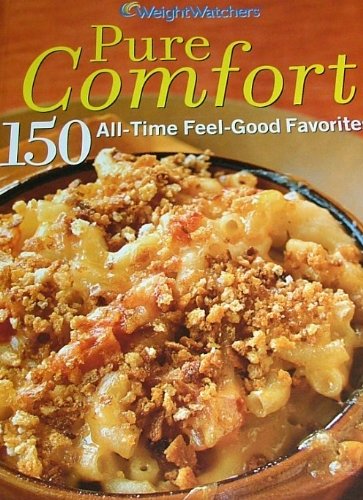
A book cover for Weight Watchers Pure Comfort 150 All Time Feel Good Favorites (150 All-Time Feel-Good Favorites); Weight Watchers; Health, Fitness & Dieting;